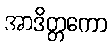
အာဒိတ္တကော